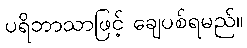
ပရိဘာသာဖြင့် ချေပစ်ရမည်။